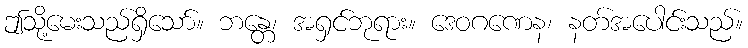
ဤသို့မေးသည်ရှိသော်။ ဘန္တေ၊ အရှင်ဘုရား။ ဒေဝဂဏေန၊ နတ်အပေါင်းသည်။